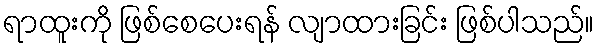
ရာထူးကို ဖြစ်စေပေးရန် လျာထားခြင်း ဖြစ်ပါသည်။